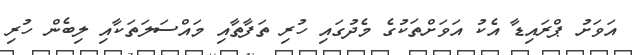
އަވަށު ޕްރައިޑާ އެކު އަވަށްތަކުގެ މެދުގައި ހުރި ތަފާތާއި މައްސަލަތަކާއި ލިބެން ހުރި